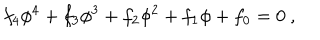
f _ { 4 } \phi ^ { 4 } + f _ { 3 } \phi ^ { 3 } + f _ { 2 } \phi ^ { 2 } + f _ { 1 } \phi + f _ { 0 } = 0 \ ,